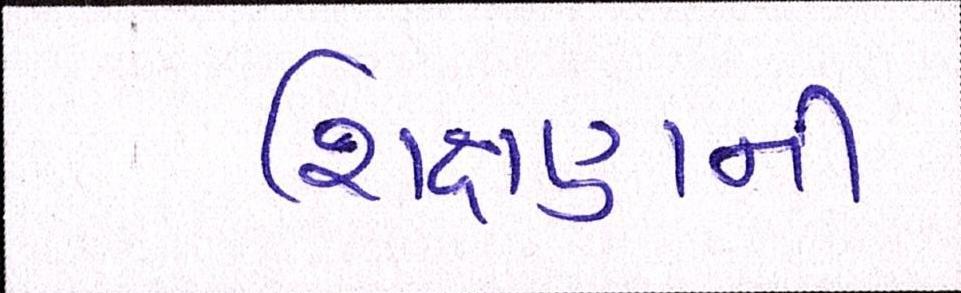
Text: શિક્ષણની